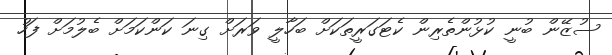
ސުޒޭން ބުނީ ކުޅުންތެރިން ކެޓަގަރީތަކަށް ބަހާލީ ވަރަށް ގިނަ ކަންކަމަށް ބެލުމަށް ފަހު